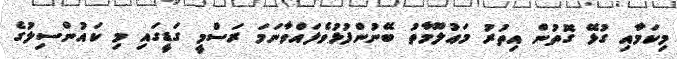
މިކަމާއި ގުޅޭ ގޮތުން އިތުރު މަޢުލޫމާތު ބޭނުންފުޅުވެލައްވާނަމަ ރަސްމީ ގަޑީގައި މި ކައުންސިލުގެ